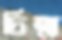
চিত্লা